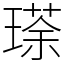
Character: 瑹